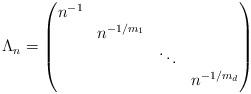
LaTeX: \begin{align*}\Lambda_n = \begin{pmatrix} n^{-1} & & & \\ & n^{-1/m_1} && \\ && \ddots & \\ &&& n^{-1/m_d} \end{pmatrix} \end{align*}